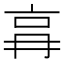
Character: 𠱗